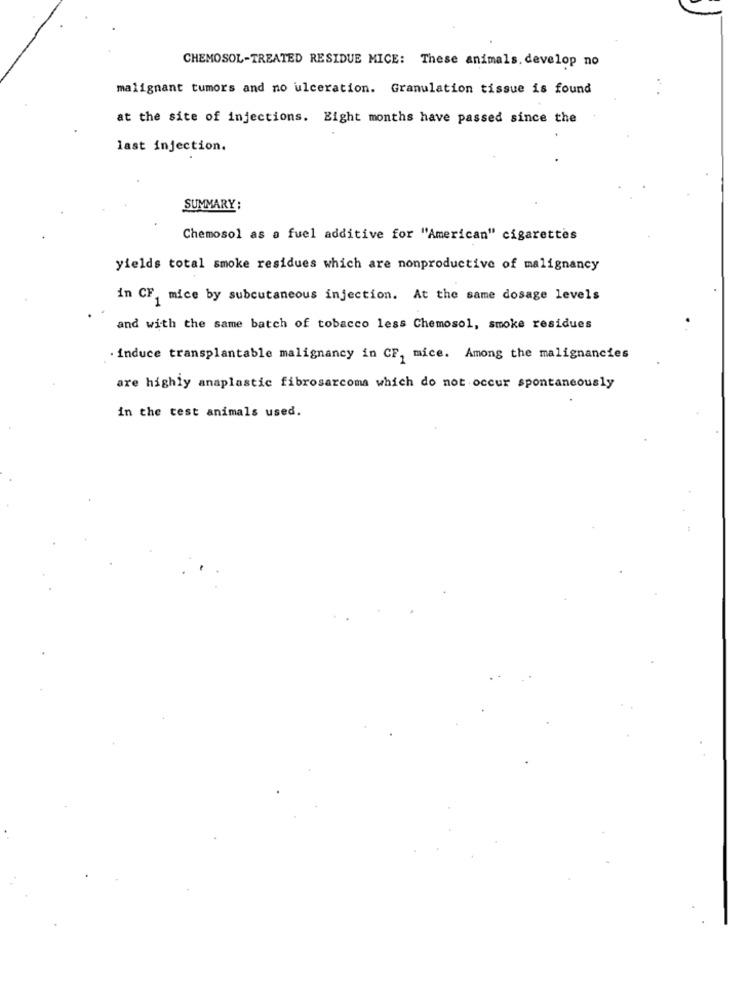
CHEMOSOL-TREATED RESIDUE MICE: These animals. develop no
malignant tumors and no ulceration. Granulation tissue is found
at the site of injections. Eight months have passed since the
last injection.
SUMMARY:
Chemosol as a fuel additive for "American" cigarettes
yields total smoke residues which are nonproductive of malignancy
in CF, mice by subcutaneous injection. At the same dosage levels
and with the same batch of tobacco less Chemosol, smoke residues
. induce transplantable malignancy in CF, mice. Among the malignancies
are highly anaplastic fibrosarcoma which do not occur spontaneously
in the test animals used.